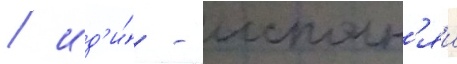
/ ид'и́ - исполн'яи